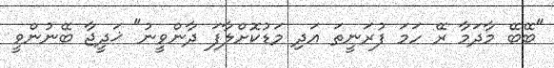
"ބޭބޭ މާދަމާ ރޭ ހަމަ ފުރަނީތަ އަދި މަޑުކޮށްލާފަ ދާންވީނު" ޚަދީޖާ ބޭނުންވީ